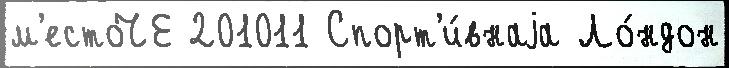
м'естоЧЕ 201011 Спорт'и́внаjа Ло́ндон